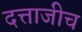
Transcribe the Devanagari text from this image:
दत्ताजीच